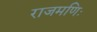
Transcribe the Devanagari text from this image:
राजमणिः